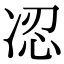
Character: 𠗋